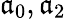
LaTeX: \mathfrak{a}_{0},\mathfrak{a}_{2}